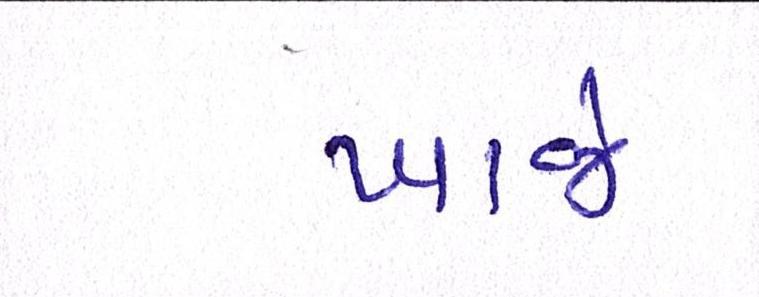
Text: ખાજે